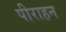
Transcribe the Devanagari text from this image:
पीराहन